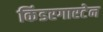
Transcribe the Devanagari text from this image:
किंडरगारटेन